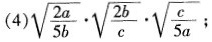
(4) $$\sqrt{\frac{2a}{5b} }\cdot \sqrt{\frac{2b}{c} }\cdot \sqrt{\frac{c}{5a} } $$ ;